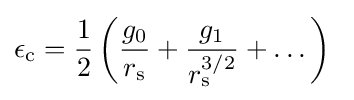
\epsilon _{\rm {c}}={\frac {1}{2}}\left({\frac {g_{0}}{r_{\rm {s}}}}+{\frac {g_{1}}{r_{\rm {s}}^{3/2}}}+\dots \right)\